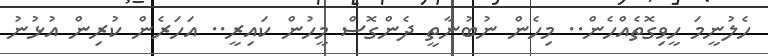
ހެލުނީމަ ހީވިގޮތެއްހެން.. މިހެން ނުބުނާތީ ދެންގޮސް މީހުން ކައިރީ.. އަހަރެން ކުރިން އުޅުނު